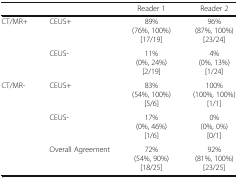
<table><thead><tr><td colspan="2"></td><td><b>Reader 1</b></td><td><b>Reader 2</b></td></tr></thead><tbody><tr><td rowspan="2">CT/MR+</td><td>CEUS+</td><td>89%(76%, 100%)[17/19]</td><td>96%(87%, 100%)[23/24]</td></tr><tr><td>CEUS-</td><td>11%(0%, 24%)[2/19]</td><td>4%(0%, 13%)[1/24]</td></tr><tr><td rowspan="2">CT/MR-</td><td>CEUS+</td><td>83%(54%, 100%)[5/6]</td><td>100%(100%, 100%)[1/1]</td></tr><tr><td>CEUS-</td><td>17%(0%, 46%)[1/6]</td><td>0%(0%, 0%)[0/1]</td></tr><tr><td></td><td>Overall Agreement</td><td>72%(54%, 90%)[18/25]</td><td>92%(81%, 100%)[23/25]</td></tr></tbody></table>